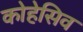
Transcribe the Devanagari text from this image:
कोहेसिव